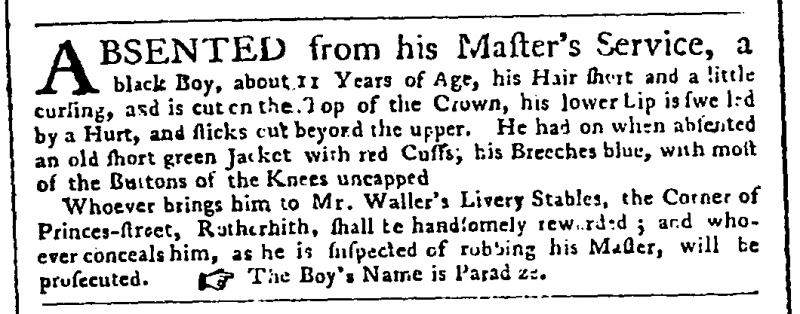
Public Advertiser, 2 March 1758 (England)
ABSENTED from his Master’s Service, a black Boy, about 11 Years of Age, his Hair short and a little curling, and is cut on the top of the Crown, his lower Lip is swelled by a Hurt, and sticks out beyond the upper. He had on when absented an old short green Jacket with red Cuffs, his Breeches blue, with most of the Buttons of the Knees uncapped.  Whoever brings him to Mr Waller’s Livery Stables, the Corner of Princes-street, Rotherith, shall be handsomely rewarded; and whoever conceals him, as he is suspected of robbing his Master, will be prosecuted.   The Boy’s name is Parad[i]ze.